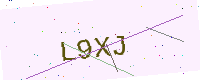
Text: L9XJ